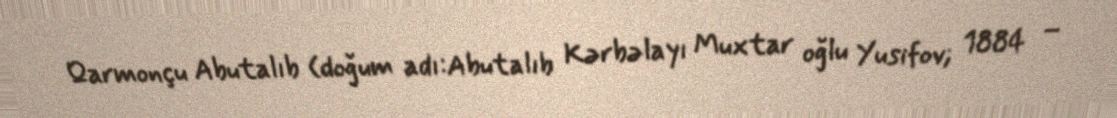
Qarmonçu Abutalıb (doğum adı:Abutalıb Kərbəlayı Muxtar oğlu Yusifov; 1884 –